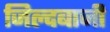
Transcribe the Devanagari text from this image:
जिल्दबाजी